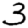
Digit: 3